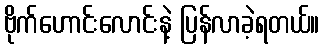
ဗိုက်ဟောင်းလောင်းနဲ့ ပြန်လာခဲ့ရတယ်။